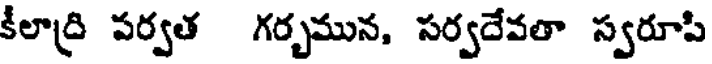
కీలాద్రి పర్వత గర్భమున, సర్వదేవతా స్వరూపి